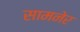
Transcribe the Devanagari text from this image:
सामनेर